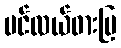
ပင်လယ်ဓားပြ